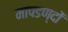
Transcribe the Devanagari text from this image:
मापडण्दों